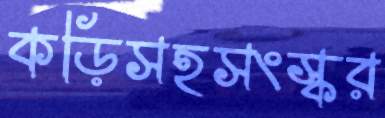
কড়িসহসংস্কর